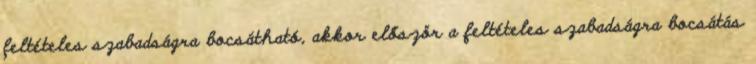
feltételes szabadságra bocsátható, akkor először a feltételes szabadságra bocsátás